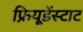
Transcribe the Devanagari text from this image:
फ्रियूडेंस्टाट